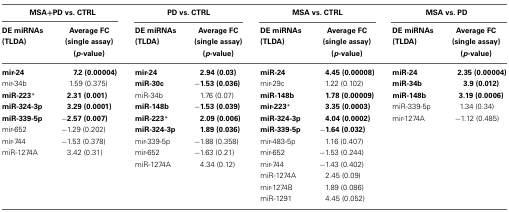
<table><thead><tr><td colspan="2"><b>MSA+PD vs. CTRL</b></td><td colspan="2"><b>PD vs. CTRL</b></td><td colspan="2"><b>MSA vs. CTRL</b></td><td colspan="2"><b>MSA vs. PD</b></td></tr><tr><td><b>DE miRNAs (TLDA)</b></td><td><b>Average FC (single assay) (<i>p</i>-value)</b></td><td><b>DE miRNAs (TLDA)</b></td><td><b>Average FC (single assay) (<i>p</i>-value)</b></td><td><b>DE miRNAs (TLDA)</b></td><td><b>Average FC (single assay) (<i>p</i>-value)</b></td><td><b>DE miRNAs (TLDA)</b></td><td><b>Average FC (single assay) (<i>p</i>-value)</b></td></tr></thead><tbody><tr><td><b>mir-24</b></td><td><b>7.2 (0.00004)</b></td><td><b>mir-24</b></td><td><b>2.94 (0.03)</b></td><td><b>miR-24</b></td><td><b>4.45 (0.00008)</b></td><td><b>miR-24</b></td><td><b>2.35 (0.00004)</b></td></tr><tr><td>mir-34b</td><td>1.59 (0.375)</td><td><b>miR-30c</b></td><td><b>−1.53 (0.036)</b></td><td>mir-29c</td><td>1.22 (0.102)</td><td><b>miR-34b</b></td><td><b>3.9 (0.012)</b></td></tr><tr><td><b>miR-223<sup>*</sup></b></td><td><b>2.31 (0.001)</b></td><td>miR-34b</td><td>1.76 (0.07)</td><td><b>miR-148b</b></td><td><b>1.78 (0.00009)</b></td><td><b>miR-148b</b></td><td><b>3.19 (0.0006)</b></td></tr><tr><td><b>miR-324-3p</b></td><td><b>3.29 (0.0001)</b></td><td><b>miR-148b</b></td><td><b>−1.53 (0.039)</b></td><td><b>mir-223<sup>*</sup></b></td><td><b>3.35 (0.0003)</b></td><td>miR-339-5p</td><td>1.34 (0.34)</td></tr><tr><td><b>miR-339-5p</b></td><td><b>−2.57 (0.007)</b></td><td><b>miR-223<sup>*</sup></b></td><td><b>2.09 (0.006)</b></td><td><b>miR-324-3p</b></td><td><b>4.04 (0.0002)</b></td><td>mir-1274A</td><td><b>−</b>1.12 (0.485)</td></tr><tr><td>mir-652</td><td><b>−</b>1.29 (0.202)</td><td><b>miR-324-3p</b></td><td><b>1.89 (0.036)</b></td><td><b>miR-339-5p</b></td><td><b>−1.64 (0.032)</b></td><td>[EMPTY_CELL]</td><td>[EMPTY_CELL]</td></tr><tr><td>mir-744</td><td><b>−</b>1.53 (0.378)</td><td>mir-339-5p</td><td><b>−</b>1.88 (0.358)</td><td>mir-483-5p</td><td>1.16 (0.407)</td><td>[EMPTY_CELL]</td><td>[EMPTY_CELL]</td></tr><tr><td>miR-1274A</td><td>3.42 (0.31)</td><td>mir-652</td><td><b>−</b>1.63 (0.21)</td><td>mir-652</td><td><b>−</b>1.53 (0.244)</td><td>[EMPTY_CELL]</td><td>[EMPTY_CELL]</td></tr><tr><td>[EMPTY_CELL]</td><td>[EMPTY_CELL]</td><td>miR-1274A</td><td>4.34 (0.12)</td><td>mir-744</td><td><b>−</b>1.43 (0.402)</td><td>[EMPTY_CELL]</td><td>[EMPTY_CELL]</td></tr><tr><td>[EMPTY_CELL]</td><td>[EMPTY_CELL]</td><td>[EMPTY_CELL]</td><td>[EMPTY_CELL]</td><td>miR-1274A</td><td>2.45 (0.09)</td><td>[EMPTY_CELL]</td><td>[EMPTY_CELL]</td></tr><tr><td>[EMPTY_CELL]</td><td>[EMPTY_CELL]</td><td>[EMPTY_CELL]</td><td>[EMPTY_CELL]</td><td>mir-1274B</td><td>1.89 (0.086)</td><td>[EMPTY_CELL]</td><td>[EMPTY_CELL]</td></tr><tr><td>[EMPTY_CELL]</td><td>[EMPTY_CELL]</td><td>[EMPTY_CELL]</td><td>[EMPTY_CELL]</td><td>miR-1291</td><td>4.45 (0.052)</td><td>[EMPTY_CELL]</td><td>[EMPTY_CELL]</td></tr></tbody></table>